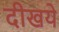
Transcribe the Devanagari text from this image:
दीखये